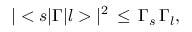
| < s | \Gamma | l > | ^ { 2 } \, \leq \, { \Gamma } _ { s } \, { \Gamma } _ { l } ,